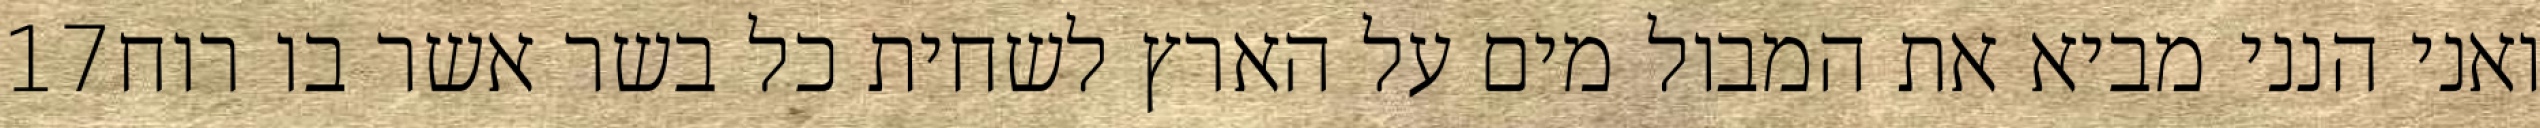
‎17‏ ואני הנני מביא את המבול מים על הארץ לשחית כל בשר אשר בו רוח